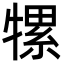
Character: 㹎